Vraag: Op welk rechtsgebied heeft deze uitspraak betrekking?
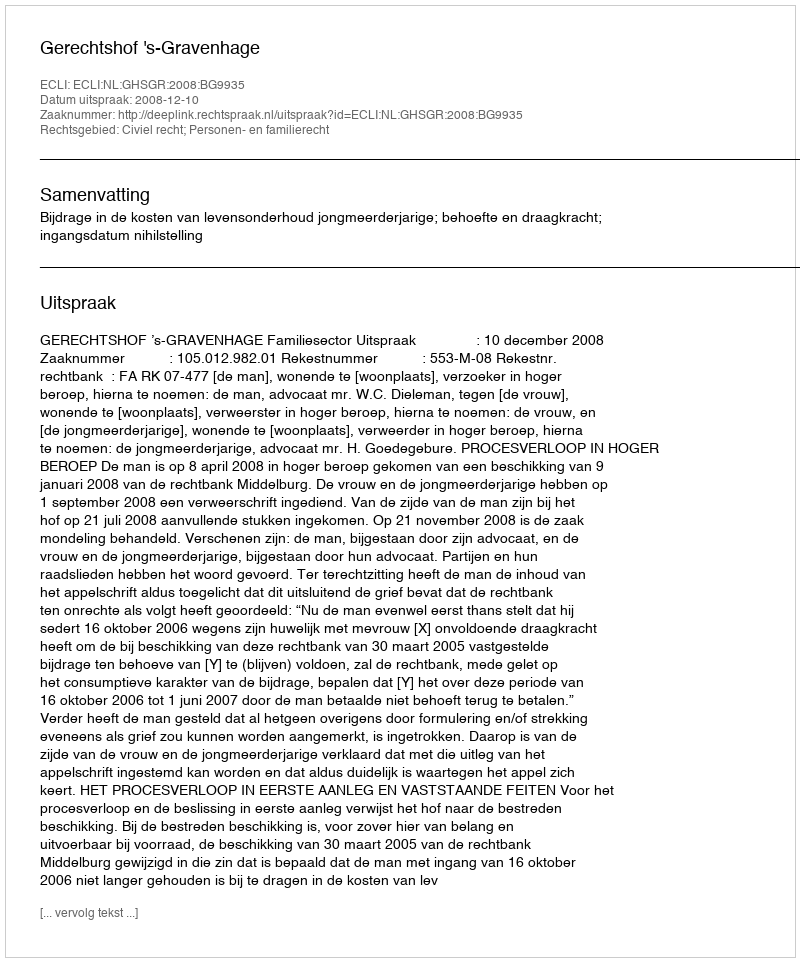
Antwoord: Civiel recht; Personen- en familierecht